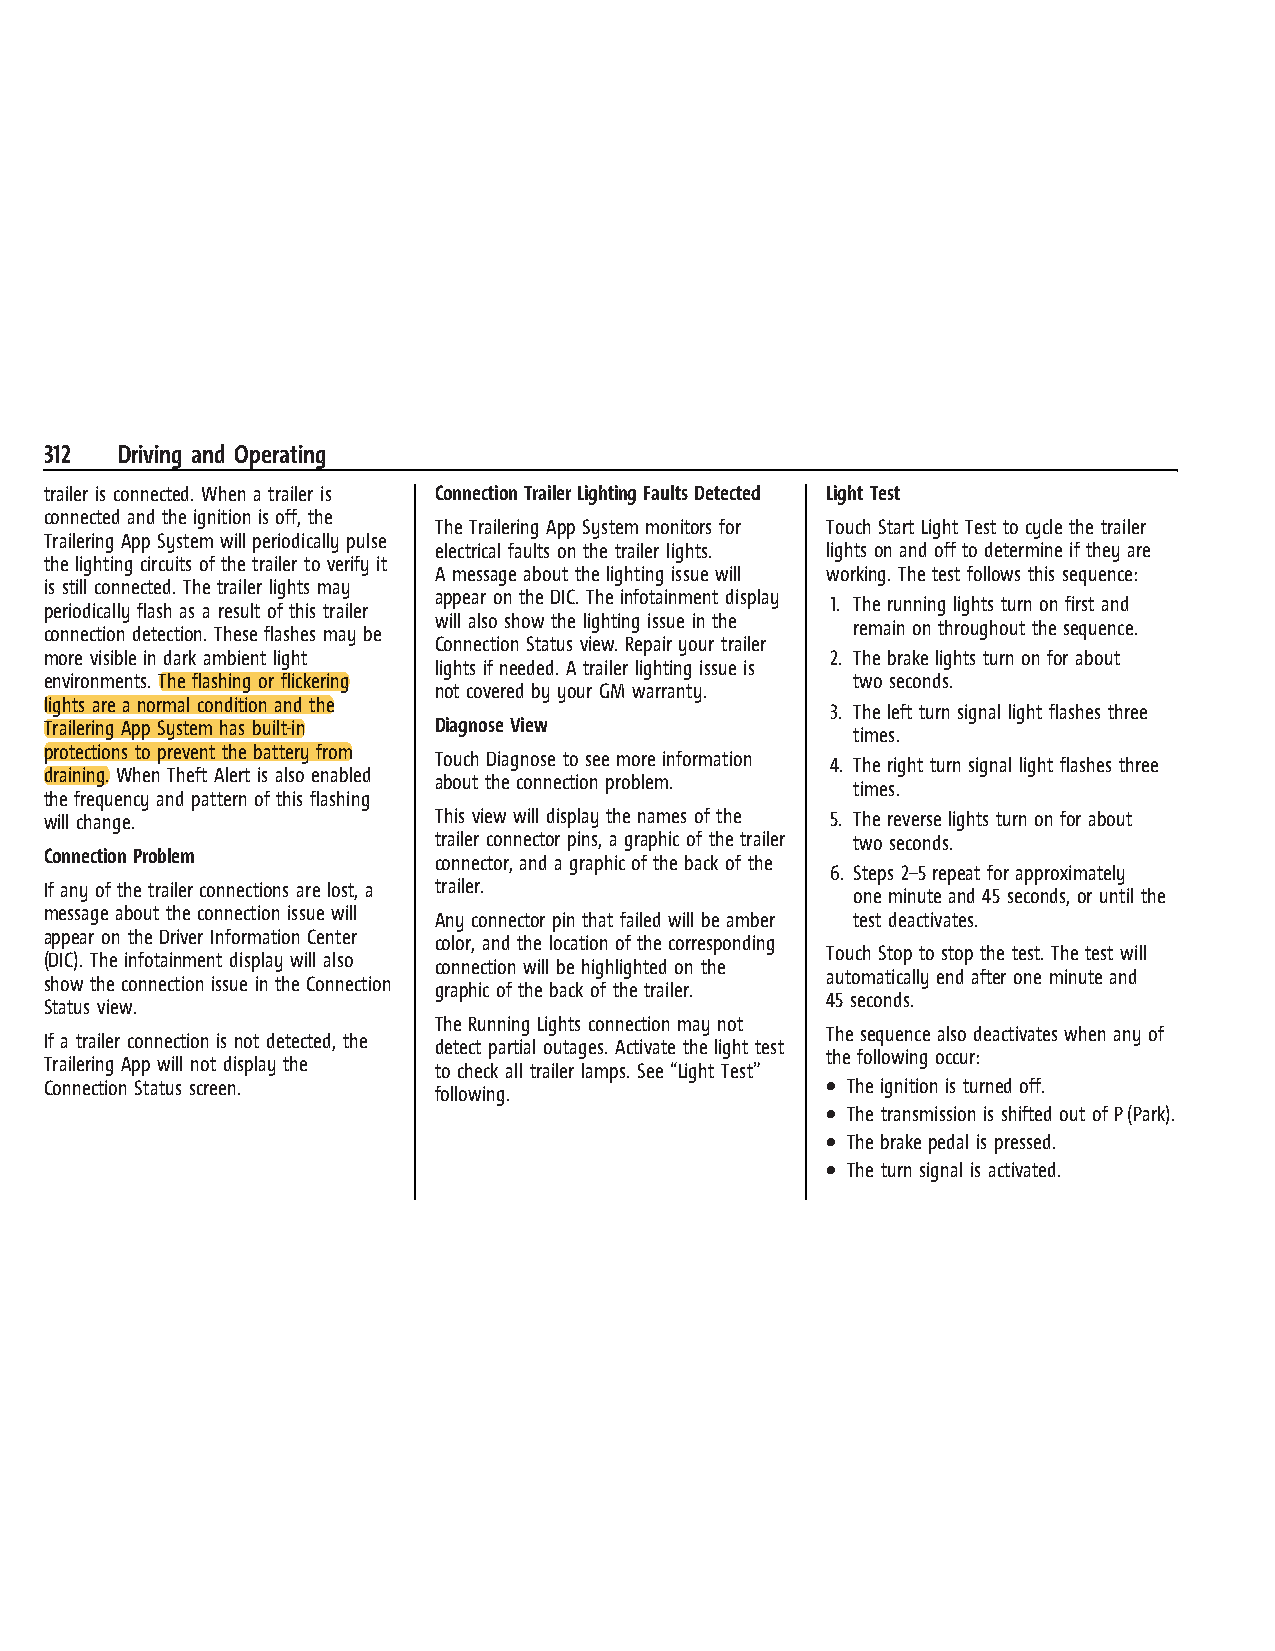
GMC Sierra/Sierra Denali 1500 Owner Manual (GMNA-Localizing-U.S./
 Canada/Mexico-14632426) - 2021- CRC- 11/5/20
 312  Driving and Operating
 trailer is connected. When a trailer is Connection Trailer Lighting Faults Detected Light Test
 connected and the ignition is off, the
 The Trailering App System monitors for Touch Start Light Test to cycle the trailer
 Trailering App System will periodically pulse
 electrical faults on the trailer lights. lights on and off to determine if they are
 the lighting circuits of the trailer to verify it
 A message about the lighting issue will working. The test follows this sequence:
 is still connected. The trailer lights may
 appear on the DIC. The infotainment display
 1. The running lights turn on first and
 periodically flash as a result of this trailer
 will also show the lighting issue in the
 remain on throughout the sequence.
 connection detection. These flashes may be
 Connection Status view. Repair your trailer
 more visible in dark ambient light                  2. The brake lights turn on for about
 lights if needed. A trailer lighting issue is
 environments. The flashing or flickering              two seconds.
 not covered by your GM warranty.
 lights are a normal condition and the
 3. The left turn signal light flashes three
 Trailering App System has built-in Diagnose View
 times.
 protections to prevent the battery from
 Touch Diagnose to see more information
 4. The right turn signal light flashes three
 draining. When Theft Alert is also enabled
 about the connection problem.
 times.
 the frequency and pattern of this flashing
 will change.              This view will display the names of the 5. The reverse lights turn on for about
 trailer connector pins, a graphic of the trailer two seconds.
 Connection Problem
 connector, and a graphic of the back of the
 6. Steps 2–5 repeat for approximately
 If any of the trailer connections are lost, a trailer.
 one minute and 45 seconds, or until the
 message about the connection issue will
 Any connector pin that failed will be amber test deactivates.
 appear on the Driver Information Center
 color, and the location of the corresponding
 Touch Stop to stop the test. The test will
 (DIC). The infotainment display will also
 connection will be highlighted on the
 automatically end after one minute and
 show the connection issue in the Connection
 graphic of the back of the trailer.
 45 seconds.
 Status view.
 The Running Lights connection may not
 The sequence also deactivates when any of
 If a trailer connection is not detected, the
 detect partial outages. Activate the light test
 the following occur:
 Trailering App will not display the
 to check all trailer lamps. See “Light Test”
 Connection Status screen.                           . The ignition is turned off.
 following.
 . The transmission is shifted out of P(Park).
 . The brake pedal is pressed.
 . The turn signal is activated.